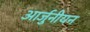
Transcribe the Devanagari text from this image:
आर्जुनीयन